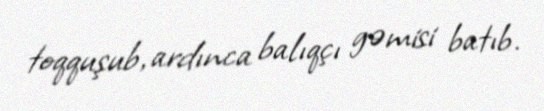
toqquşub, ardınca balıqçı gəmisi batıb.